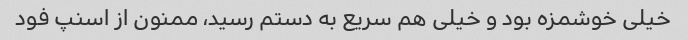
خیلی خوشمزه بود و خیلی هم سریع به دستم رسید، ممنون از اسنپ فود